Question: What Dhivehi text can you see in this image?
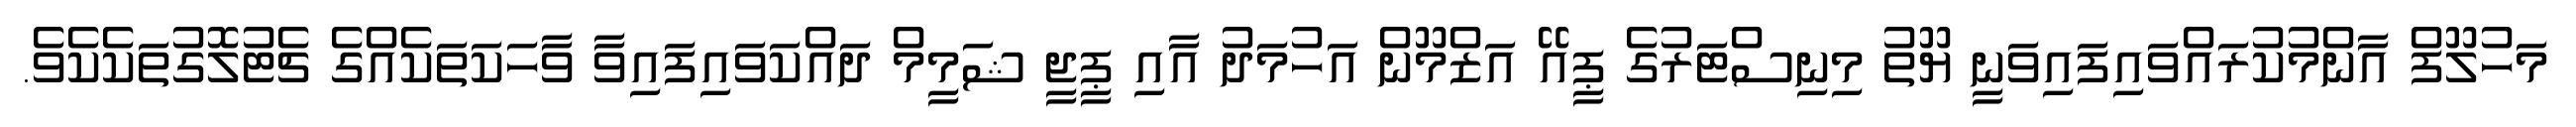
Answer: މަހުލޫފް އާންމުކުރައްވައިފައިވަނީ ޔޫތު މިނިސްޓަރުގެ ޕީއޭ އަޒްމޫން އަހުމަދު އާއި ޕީޖީ ޝަމީމް ދައްކަވައިފައިވާ ވާހަކަތަކެއްގެ ޗެޓުލޮގުތަކެކެވެ.